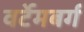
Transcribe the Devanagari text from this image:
वर्टेमबर्ग